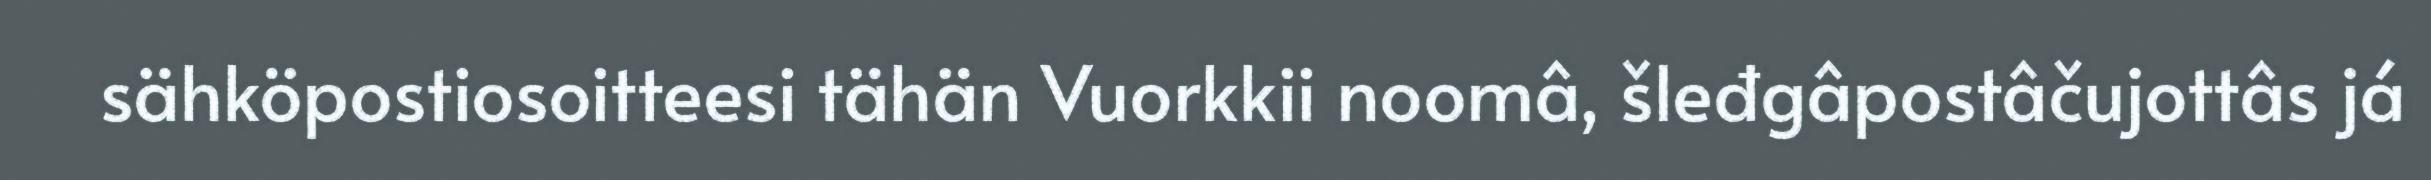
sähköpostiosoitteesi tähän Vuorkkii noomâ, šleđgâpostâčujottâs já